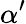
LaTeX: \alpha^{\prime}